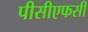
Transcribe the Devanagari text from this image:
पीसीएफसी